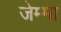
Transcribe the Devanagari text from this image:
जेम्मा